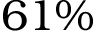
6 1 \%